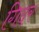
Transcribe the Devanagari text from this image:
गिदर